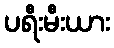
ပရီးမီးယား